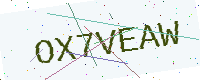
Text: OX7VEAW